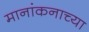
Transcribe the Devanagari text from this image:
मानांकनाच्या